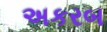
અકરબ